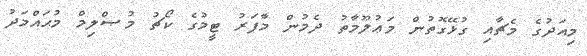
މިއަދުގެ މެޗާއި ގުޅޭގޮތުން މަޢުލޫމާތު ދެމުން މާފަރު ޓީމުގެ ކޯޗު މުޞްލިމް މުޙައްމަދު